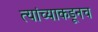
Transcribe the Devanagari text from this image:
त्‍यांच्याकडूनच